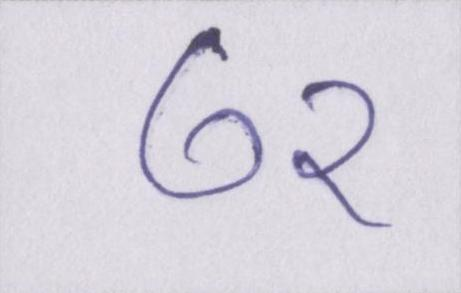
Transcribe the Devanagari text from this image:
७२